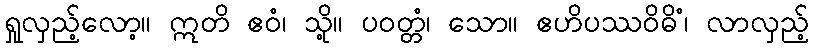
ရှုလှည့်လော့။ ဣတိ ဧဝံ၊ သို့။ ပဝတ္တံ၊ သော။ ဧဟိပဿဝိဓိံ၊ လာလှည့်